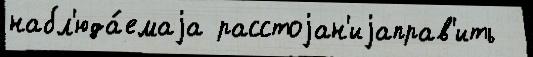
набл'юда́емаjа расстоjан'иjаправ'ить